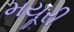
મયૂરી